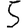
Digit: 5